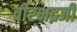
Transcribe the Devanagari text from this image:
वीरभद्रजी